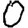
Digit: 0